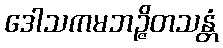
ဒေါသကမဘဉ္ဇိတသန္တံ